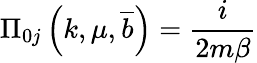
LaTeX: \Pi_{0j}\left(k,\mu,\overline{{{b}}}\right)=\frac{i}{2m\beta}